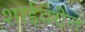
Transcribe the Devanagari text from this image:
शाईवरील